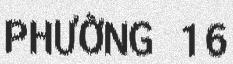
PHƯỜNG 16